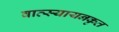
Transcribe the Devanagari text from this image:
वात्स्यायनकृत